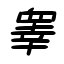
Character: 睾